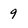
Character: 9